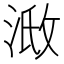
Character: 𣶌